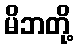
မိဘတို့